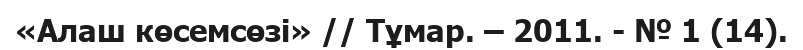
«Алаш көсемсөзі» // Тұмар. – 2011. - № 1 (14).